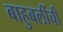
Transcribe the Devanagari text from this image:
बाहुबलींची